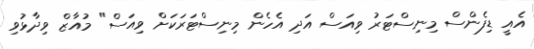
އެއީ ޑިފެންސް މިނިސްޓަރު ވިއަސް އަދި އެހެން މިނިސްޓަރަކަށް ވިއަސް" މުއާޒް ވިދާޅުވި